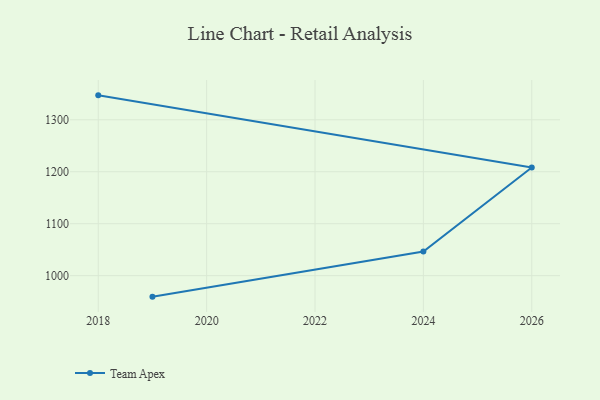
{"axis": {"x": "Year", "y": "Tickets Resolved"}, "legend": ["Team Apex"], "data": [{"x": "2018", "y": 1347.0, "type": "Team Apex"}, {"x": "2026", "y": 1208.0, "type": "Team Apex"}, {"x": "2024", "y": 1046.6, "type": "Team Apex"}, {"x": "2019", "y": 959.6, "type": "Team Apex"}]}